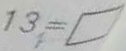
1 3 = \square